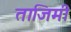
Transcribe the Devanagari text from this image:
ताजिमी